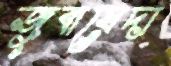
জুবায়েদা